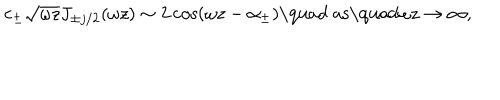
c _ { \pm } \sqrt { \omega z } J _ { \pm j / 2 } ( \omega z ) \sim 2 \cos ( \omega z - \alpha _ { \pm } ) \textrm { \quad a s \quad } \omega z \to \infty ,